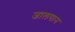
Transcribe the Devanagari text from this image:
जालपान